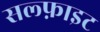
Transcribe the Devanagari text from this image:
सल्फ़ाइट